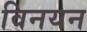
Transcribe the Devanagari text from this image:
विनयन